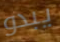
يبدو